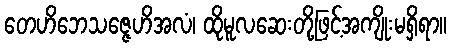
တေဟိဘေသဇ္ဇေဟိအလံ၊ ထိုမူလဆေးတို့ဖြင့်အကျိုးမရှိရာ။